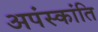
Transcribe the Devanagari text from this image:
अपंस्कांति